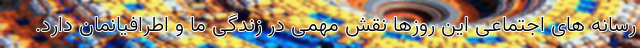
رسانه های اجتماعی این روزها نقش مهمی در زندگی ما و اطرافیانمان دارد.